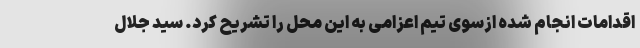
اقدامات انجام شده ازسوی تیم اعزامی به این محل را تشریح کرد. سید جلال